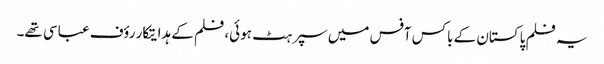
یہ فلم پاکستان کے باکس آفس میں سپر ہٹ ہوئی، فلم کے ہدایتکار رؤف عباسی تھے۔